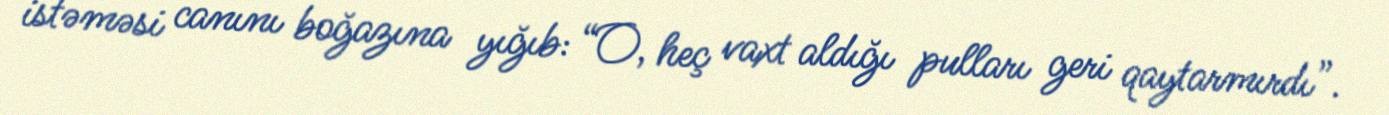
istəməsi canını boğazına yığıb: “O, heç vaxt aldığı pulları geri qaytarmırdı”.